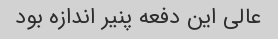
عالی این دفعه پنیر اندازه بود